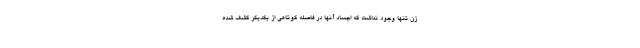
زن تنها وجود نداشت که اجساد آنها در فاصله کوتاهی از یکدیگر کشف شده